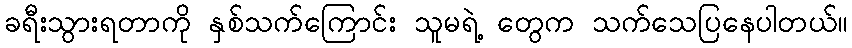
ခရီးသွားရတာကို နှစ်သက်ကြောင်း သူမရဲ့ တွေက သက်သေပြနေပါတယ်။